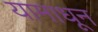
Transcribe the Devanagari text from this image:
यामाधून